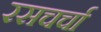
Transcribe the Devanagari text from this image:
रसचर्चा